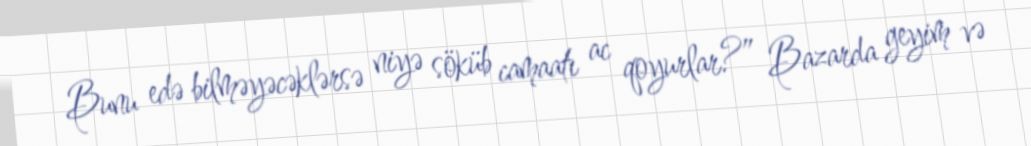
Bunu edə bilməyəcəklərsə niyə söküb camaatı ac qoyurlar?” Bazarda geyim və